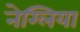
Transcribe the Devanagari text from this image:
नेग्लिया